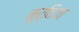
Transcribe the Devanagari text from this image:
मुर्तिजा